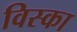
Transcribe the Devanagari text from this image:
विस्का